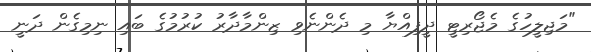
"މަޖިލީހުގެ މެޖޯރިޓީ ދީފިއްޔާ މި ދެންނެވި ޒިންމާދާރު ކުރުމުގެ ބައި ނިމިގެން ދަނީ